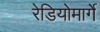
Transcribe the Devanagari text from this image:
रेडियोमार्गे